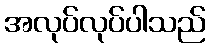
အလုပ်လုပ်ပါသည်